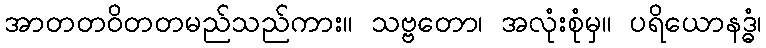
အာတတဝိတတမည်သည်ကား။ သဗ္ဗတော၊ အလုံးစုံမှ။ ပရိယောနဒ္ဓံ၊